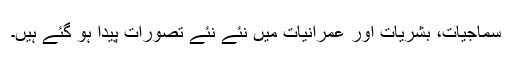
سماجیات، بشریات اور عمرانیات میں نئے نئے تصورات پیدا ہو گئے ہیں۔